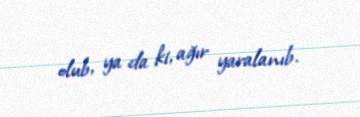
olub, ya da ki, ağır yaralanıb.